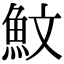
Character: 魰